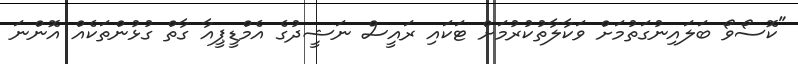
"ކޮސޯވޯ ބަލައިނުގަތުމަށް ވަކާލާތުކުރުމަށް ޓަކައި ރައީސް ނަޝީދުގެ އެމްޑީޕީއާ ގާތް ގުޅުންތަކެއް އޮންނަ